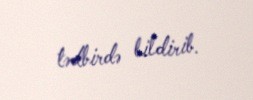
tədbirdə bildirib.